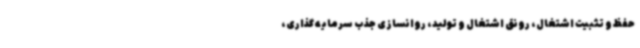
حفظ و تثبیت اشتغال، رونق اشتغال و تولید، روانسازی جذب سرمایه گذاری،